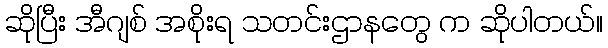
ဆိုပြီး အီဂျစ် အစိုးရ သတင်းဌာနတွေ က ဆိုပါတယ်။